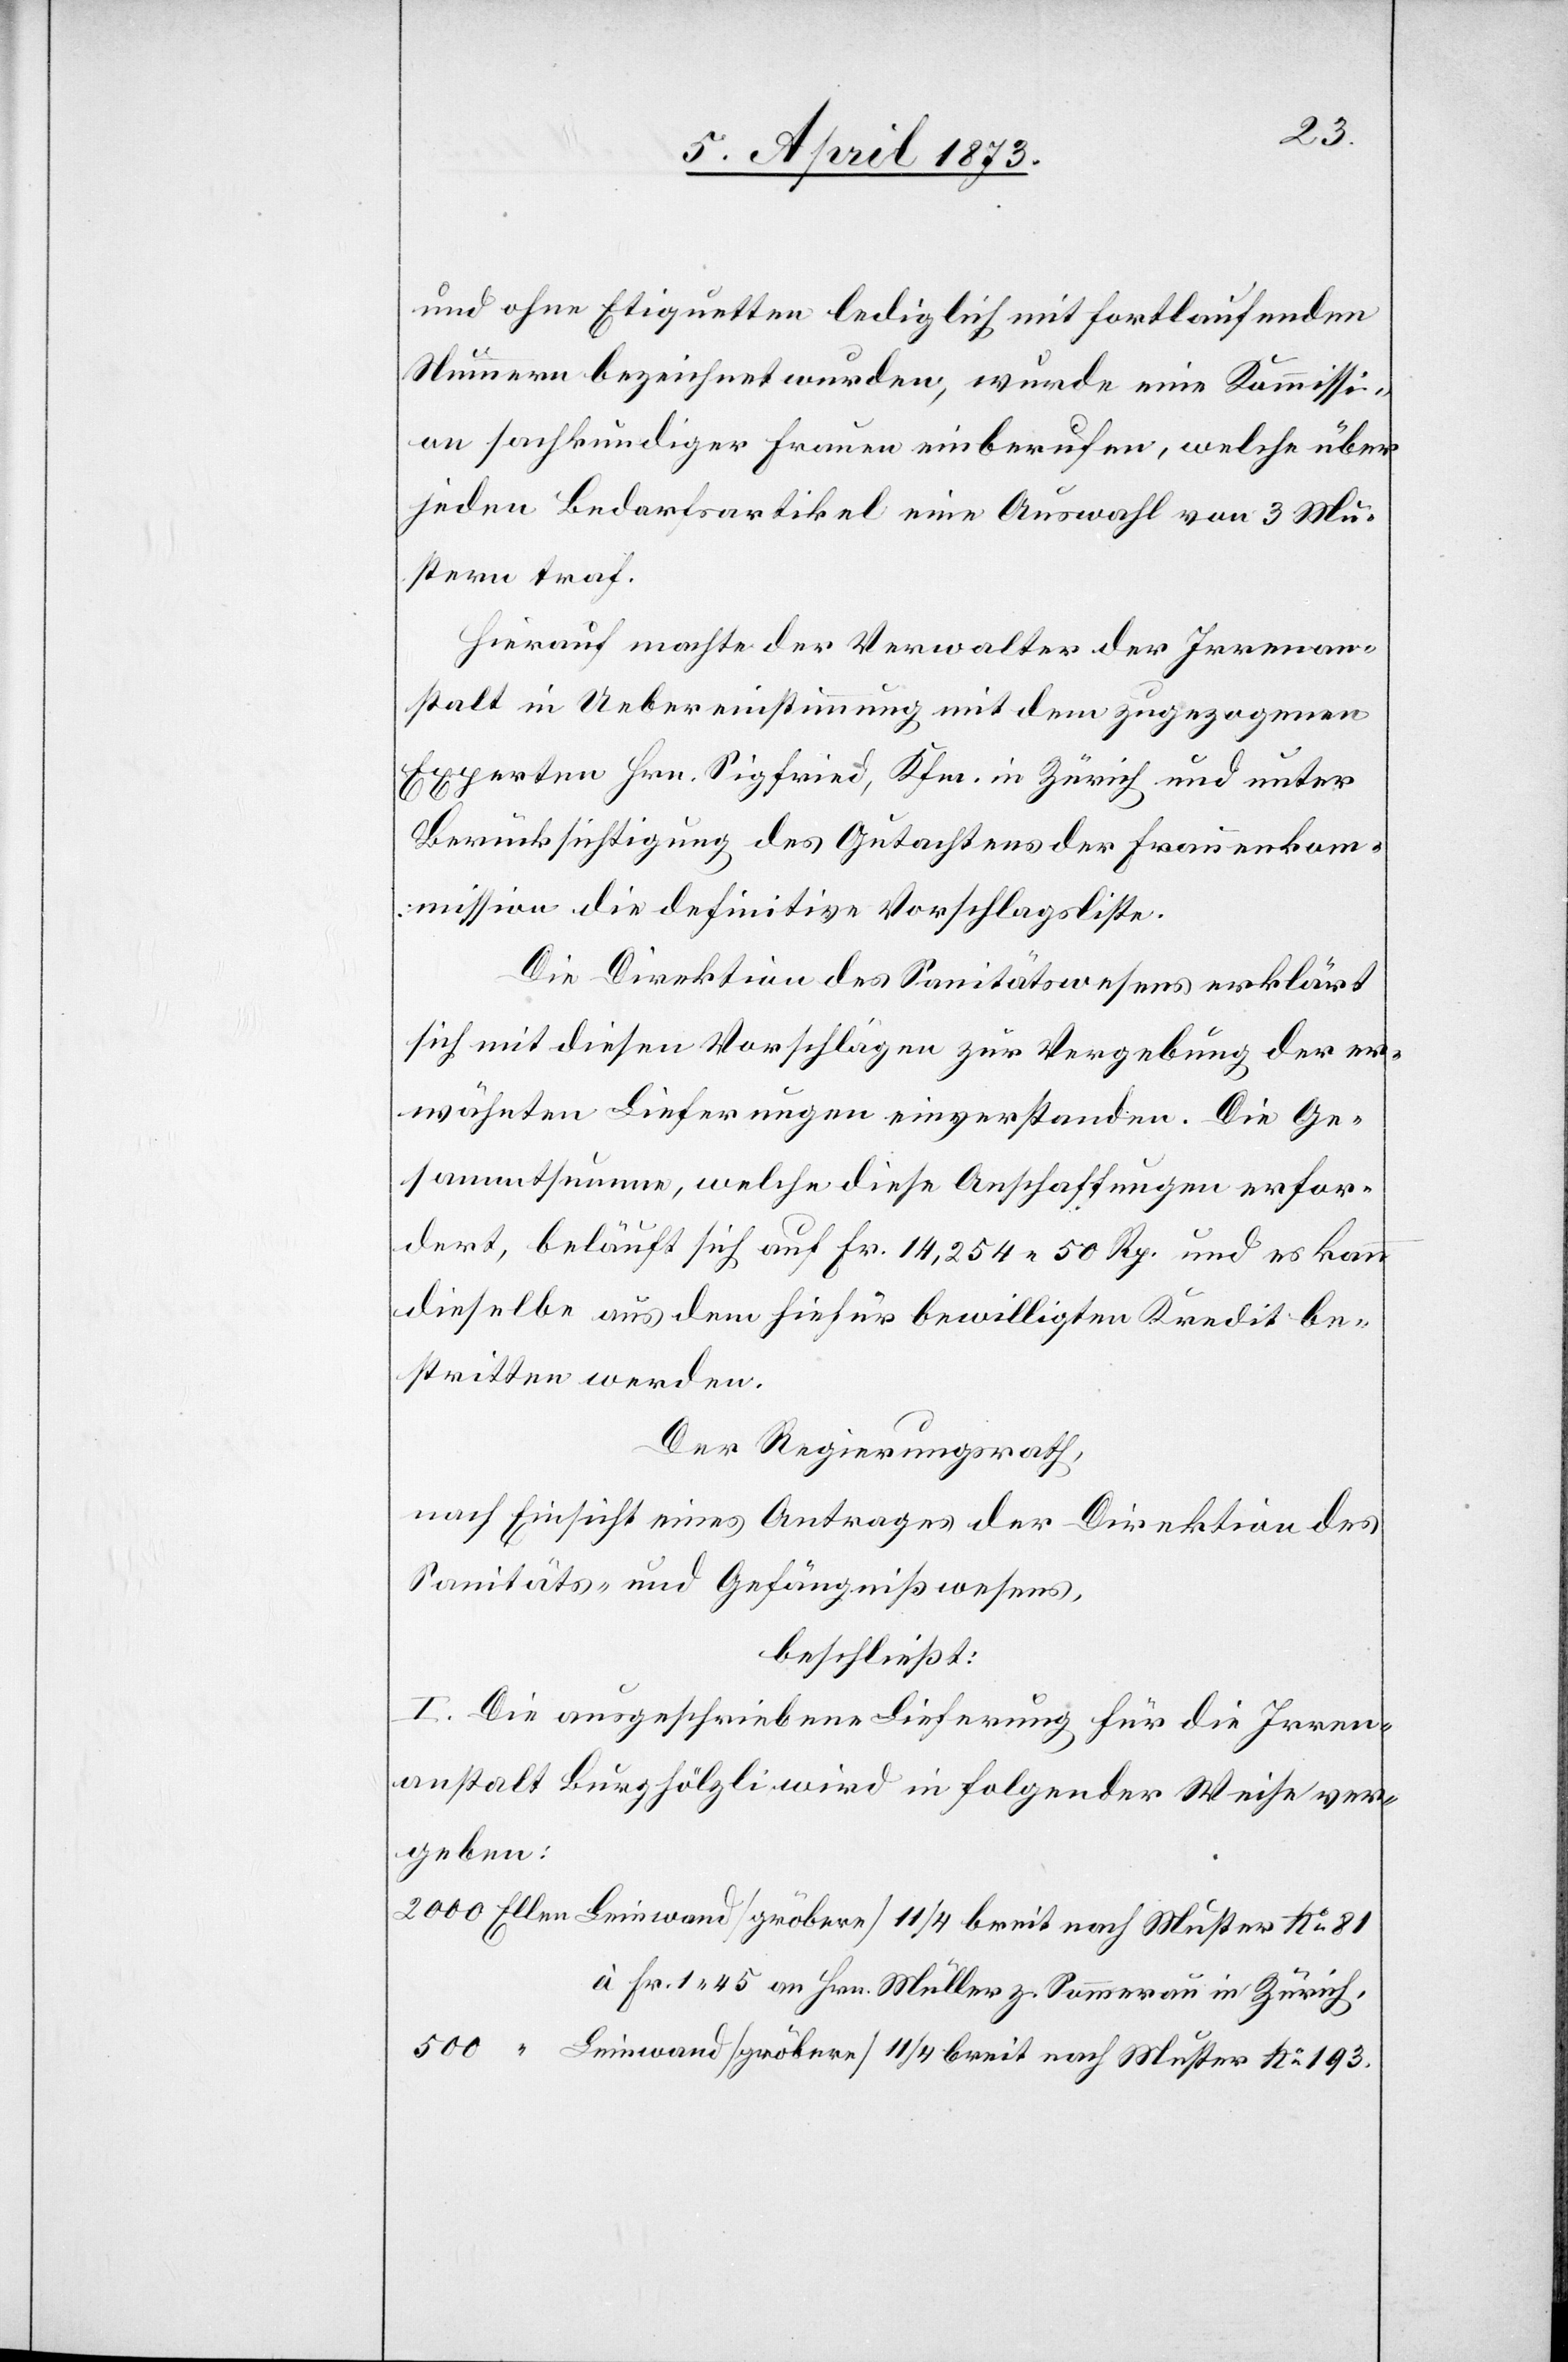
und ohne Etiquetten lediglich mit fortlaufenden
Nummern bezeichnet wurden, wurde eine Kommissi¬
on sachkundiger Frauen einberufen, welche über
jeden Bedarfsartikel eine Auswahl von 3 Mu¬
stern traf.
Hierauf machte der Verwalter der Irrenan¬
stalt in Uebereinstimmung mit dem zugezogenen
Experten Hrn. Sigfried, Kfm. in Zürich und unter
Berücksichtigung des Gutachtens der Frauenkom¬
mission die definitive Vorschlagsliste.
Die Direktion des Sanitätswesens erklärt
sich mit diesen Vorschlägen zur Vergebung der er¬
wähnten Lieferungen einverstanden. Die Ge¬
sammtsumme, welche diese Anschaffungen erfor¬
dert, beläuft sich auf Fr. 14,254. 50 Rp. und es kann
dieselbe aus dem hiefür bewilligten Kredit be¬
stritten werden.
Der Regierungsrath,
nach Einsicht eines Antrages der Direktion des
Sanitäts- und Gefängnißwesens,
beschließt:
I. Die ausgeschriebene Lieferung für die Irren¬
anstalt Burghölzli wird in folgender Weise ver¬
geben: